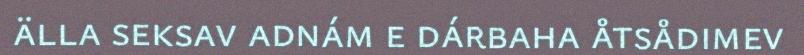
älla seksav adnám e dárbaha åtsådimev